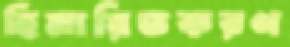
হিমায়িতকরণ